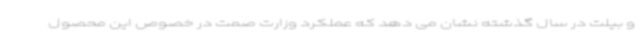
و بیلت در سال گذشته نشان می دهد که عملکرد وزارت صمت در خصوص این محصول